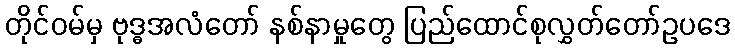
တိုင်ဝမ်မှ ဗုဒ္ဓအလံတော် နစ်နာမှုတွေ ပြည်ထောင်စုလွှတ်တော်ဥပဒေ